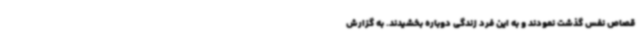
قصاص نفس گذشت نمودند و به این فرد زندگی دوباره بخشیدند. به گزارش